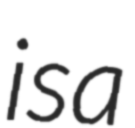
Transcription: is a